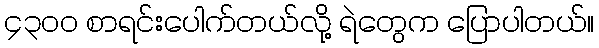
၄၃၀ဝ စာရင်းပေါက်တယ်လို့ ရဲတွေက ပြောပါတယ်။